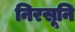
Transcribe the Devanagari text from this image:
निरसूनि